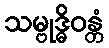
သမ္ဗုဒ္ဓိဝန္တံ